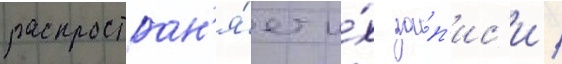
распростран'я́ет и́х за́п'ис'и /